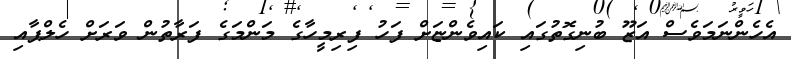
އެހެންނަމަވެސް އަޒޫ ބުނިގޮތުގައި ކައިވެންޏަށް ފަހު ފިރިމީހާގެ މަންމަގެ ފަރާތުން ވަރަށް ހެލްޕާއި